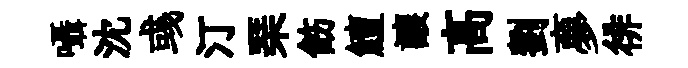
囁沈彧汀琹飭鱣讓髙劉夣徘